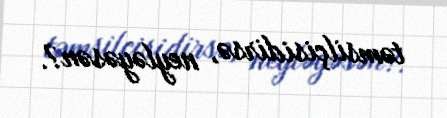
təmsilçisidirsə, neyləyəsən?.